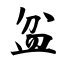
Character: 盆